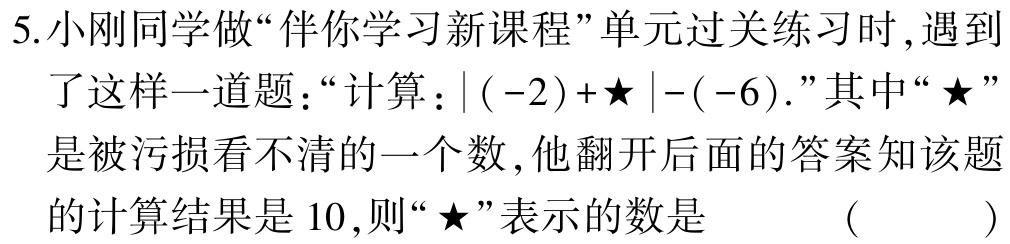
5.小刚同学做“伴你学习新课程”单元过关练习时,遇到

了这样一道题：“计算：$|(-2)+★|-(-6).$”其中“★”

是被污损看不清的一个数,他翻开后面的答案知该题

的计算结果是$10$,则“★”表示的数是 （ ）